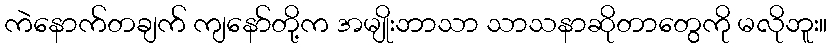
ကဲနောက်တချက် ကျနော်တို့က အမျိုးဘာသာ သာသနာဆိုတာတွေကို မလိုဘူး။